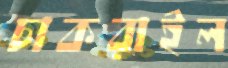
চাকরাইল